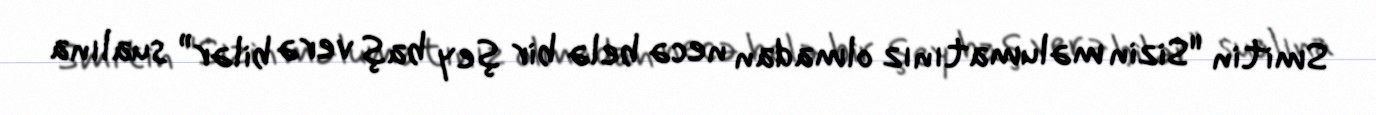
Smitin "Sizin məlumatınız olmadan necə belə bir şey baş verə bilər” sualına